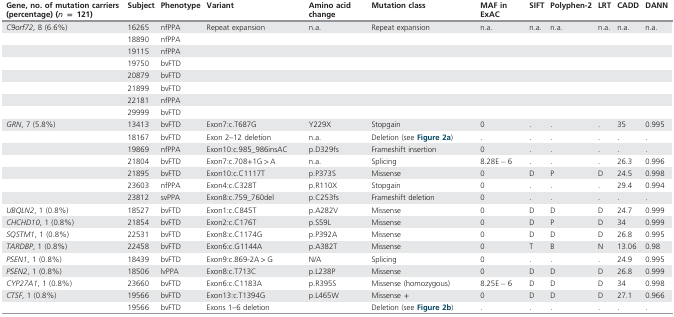
<table><thead><tr><td><b>Gene, no. of mutation carriers (percentage) (<i>n</i>= 121)</b></td><td><b>Subject</b></td><td><b>Phenotype</b></td><td><b>Variant</b></td><td><b>Amino acid change</b></td><td><b>Mutation class</b></td><td><b>MAF in ExAC</b></td><td><b>SIFT</b></td><td><b>Polyphen-2</b></td><td><b>LRT</b></td><td><b>CADD</b></td><td><b>DANN</b></td></tr></thead><tbody><tr><td><i>C9orf72</i>, 8 (6.6%)</td><td>16265</td><td>nfPPA</td><td>Repeat expansion</td><td>n.a.</td><td>Repeat expansion</td><td>n.a.</td><td>n.a.</td><td>n.a.</td><td>n.a.</td><td>n.a.</td><td>n.a.</td></tr><tr><td> </td><td>18890</td><td>nfPPA</td><td> </td><td> </td><td> </td><td> </td><td> </td><td> </td><td> </td><td> </td><td> </td></tr><tr><td> </td><td>19115</td><td>nfPPA</td><td> </td><td> </td><td> </td><td> </td><td> </td><td> </td><td> </td><td> </td><td> </td></tr><tr><td> </td><td>19750</td><td>bvFTD</td><td> </td><td> </td><td> </td><td> </td><td> </td><td> </td><td> </td><td> </td><td> </td></tr><tr><td> </td><td>20879</td><td>bvFTD</td><td> </td><td> </td><td> </td><td> </td><td> </td><td> </td><td> </td><td> </td><td> </td></tr><tr><td> </td><td>21899</td><td>bvFTD</td><td> </td><td> </td><td> </td><td> </td><td> </td><td> </td><td> </td><td> </td><td> </td></tr><tr><td> </td><td>22181</td><td>nfPPA</td><td> </td><td> </td><td> </td><td> </td><td> </td><td> </td><td> </td><td> </td><td> </td></tr><tr><td> </td><td>29999</td><td>bvFTD</td><td> </td><td> </td><td> </td><td> </td><td> </td><td> </td><td> </td><td> </td><td> </td></tr><tr><td><i>GRN</i>, 7 (5.8%)</td><td>13413</td><td>bvFTD</td><td>Exon7:c.T687G</td><td>Y229X</td><td>Stopgain</td><td>0</td><td>.</td><td>.</td><td>.</td><td>35</td><td>0.995</td></tr><tr><td> </td><td>18167</td><td>bvFTD</td><td>Exon 2–12 deletion</td><td>n.a.</td><td>Deletion (see Figure 2a)</td><td>.</td><td>.</td><td>.</td><td>.</td><td>.</td><td>.</td></tr><tr><td> </td><td>19869</td><td>nfPPA</td><td>Exon10:c.985_986insAC</td><td>p.D329fs</td><td>Frameshift insertion</td><td>0</td><td>.</td><td>.</td><td>.</td><td>.</td><td>.</td></tr><tr><td> </td><td>21804</td><td>bvFTD</td><td>Exon7:c.708+1G&gt;A</td><td>n.a.</td><td>Splicing</td><td>8.28E−6</td><td>.</td><td>.</td><td>.</td><td>26.3</td><td>0.996</td></tr><tr><td> </td><td>21895</td><td>bvFTD</td><td>Exon10:c.C1117T</td><td>p.P373S</td><td>Missense</td><td>0</td><td>D</td><td>P</td><td>D</td><td>24.5</td><td>0.998</td></tr><tr><td> </td><td>23603</td><td>nfPPA</td><td>Exon4:c.C328T</td><td>p.R110X</td><td>Stopgain</td><td>0</td><td>.</td><td>.</td><td>.</td><td>29.4</td><td>0.994</td></tr><tr><td> </td><td>23812</td><td>svPPA</td><td>Exon8:c.759_760del</td><td>p.C253fs</td><td>Frameshift deletion</td><td>0</td><td>.</td><td>.</td><td>.</td><td>.</td><td>.</td></tr><tr><td><i>UBQLN2</i>, 1 (0.8%)</td><td>18527</td><td>bvFTD</td><td>Exon1:c.C845T</td><td>p.A282V</td><td>Missense</td><td>0</td><td>D</td><td>D</td><td>D</td><td>24.7</td><td>0.999</td></tr><tr><td><i>CHCHD10</i>, 1 (0.8%)</td><td>21854</td><td>bvFTD</td><td>Exon2:c.C176T</td><td>p.S59L</td><td>Missense</td><td>0</td><td>D</td><td>P</td><td>D</td><td>34</td><td>0.999</td></tr><tr><td><i>SQSTM1</i>, 1 (0.8%)</td><td>22531</td><td>bvFTD</td><td>Exon8:c.C1174G</td><td>p.P392A</td><td>Missense</td><td>0</td><td>D</td><td>D</td><td>D</td><td>26.8</td><td>0.995</td></tr><tr><td><i>TARDBP</i>, 1 (0.8%)</td><td>22458</td><td>bvFTD</td><td>Exon6:c.G1144A</td><td>p.A382T</td><td>Missense</td><td>0</td><td>T</td><td>B</td><td>N</td><td>13.06</td><td>0.98</td></tr><tr><td><i>PSEN1</i>, 1 (0.8%)</td><td>18439</td><td>bvFTD</td><td>Exon9:c.869-2A&gt;G</td><td>N/A</td><td>Splicing</td><td>0</td><td>.</td><td>.</td><td>.</td><td>24.9</td><td>0.995</td></tr><tr><td><i>PSEN2</i>, 1 (0.8%)</td><td>18506</td><td>lvPPA</td><td>Exon8:c.T713C</td><td>p.L238P</td><td>Missense</td><td>0</td><td>D</td><td>D</td><td>D</td><td>26.8</td><td>0.999</td></tr><tr><td><i>CYP27A1</i>, 1 (0.8%)</td><td>23660</td><td>bvFTD</td><td>Exon6:c.C1183A</td><td>p.R395S</td><td>Missense (homozygous)</td><td>8.25E−6</td><td>D</td><td>D</td><td>D</td><td>34</td><td>0.998</td></tr><tr><td><i>CTSF</i>, 1 (0.8%)</td><td>19566</td><td>bvFTD</td><td>Exon13:c.T1394G</td><td>p.L465W</td><td>Missense +</td><td>0</td><td>D</td><td>D</td><td>D</td><td>27.1</td><td>0.966</td></tr><tr><td> </td><td>19566</td><td>bvFTD</td><td>Exons 1–6 deletion</td><td> </td><td>Deletion (see Figure 2b)</td><td>.</td><td>.</td><td>.</td><td>.</td><td>.</td><td>.</td></tr></tbody></table>